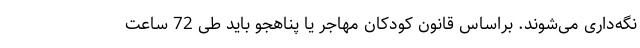
نگه‌داری می‌شوند. براساس قانون کودکان مهاجر یا پناهجو باید طی 72 ساعت